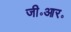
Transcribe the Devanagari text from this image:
जी॰आर॰